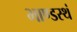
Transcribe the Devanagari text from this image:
भाण्डस्थं